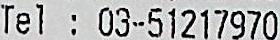
TEL : 03-51217970